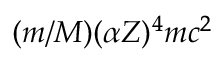
( m / M ) ( \alpha Z ) ^ { 4 } m c ^ { 2 }